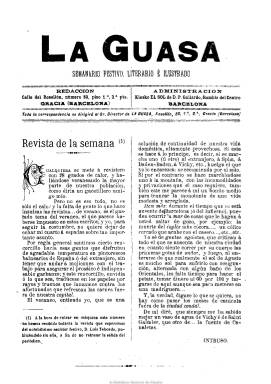
Título: La Guasa (Barcelona)
Colección: Revistas satíricas y humorísticas
Ámbito geográfico: Barcelona
Lugar de publicación: Barcelona
Fechas: 01/09/1892-05/12/1892

Con el subtítulo “semanario festivo, literario e ilustrado”, comienza a publicarse en Barcelona el uno de septiembre de 1892, en entregas de dieciséis páginas, compuestas a dos columnas, con textos y dibujos, viñetas, tiras cómicas, retratos y tipos provinciales. Entre sus colaboradores aparecen las firmas de dibujantes como Cilla, Gutiérrez, Melitón González, Figuer, Agar, Caronte o P. Pito. En las de sus textos, en prosa y verso, aparecen las de Antonio Serra, Alfonso Pérez Nieva, Alfonso Gay Vieta, Daniel Ortiz o J. Ortega Munilla. También inserta anuncios comerciales. Su director tenía la residencia en Gracia y su administración en Barcelona, en el kiosko El Sol, a cargo de D. P. Gallardo. Su cubierta es ilustrada y esta y algunas ilustraciones del interior son estampadas a dos tintas. La colección de la BNE acaba en el número 13, correspondiente al cinco de diciembre de 1892. Se ignora si continuó publicándose más.